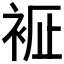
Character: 𧙼